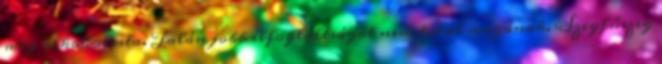
meg alkoholista. Talán jobb elfoglaltságot nem talál magának. Szegfűszeg